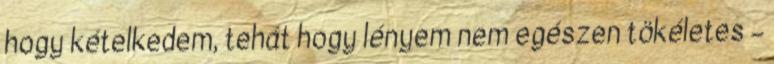
hogy kételkedem, tehát hogy lényem nem egészen tökéletes –